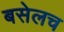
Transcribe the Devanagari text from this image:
बसेलच